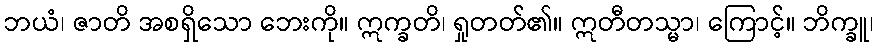
ဘယံ၊ ဇာတိ အစရှိသော ဘေးကို။ ဣက္ခတိ၊ ရှုတတ်၏။ ဣတီတသ္မာ၊ ကြောင့်။ ဘိက္ခူ၊